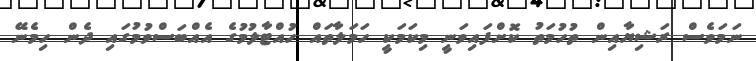
ނަމަވެސް ރަޝިޔާއިން ތުހުމަތު ކޮށްފައިވަނީ މިކަމަކީ ހަމަލާތައް ހުއްޓާލުމުގެ އެއްބަސްވުމުގައި ދެން ހިމެނޭ